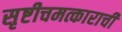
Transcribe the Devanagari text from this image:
सृष्टीचमत्काराची